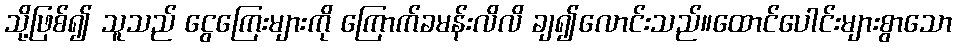
သို့ဖြစ်၍ သူသည် ငွေကြေးများကို ကြောက်ခမန်းလိလိ ချ၍လောင်းသည်။ထောင်ပေါင်းများစွာသော